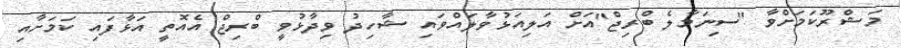
މަޝްރޫކަމަށްވާ "ސިނަމާލެ ބްރިޖް"އަށް އަލިއަޅުވާލައްވައި ޝާހިދު ވިދާޅުވީ ބްރިޖް އެއޮތީ އަޅާފައި ކަމަށާއި